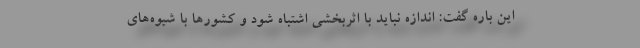
این باره گفت: اندازه نباید با اثربخشی اشتباه شود و کشورها با شیوه‌های